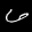
Label: 6